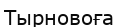
Тырновоға